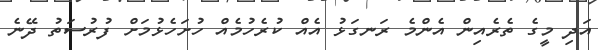
އަދި މީގެ ތެރެއިން އެންމެ ރަނގަޅު އެއް ކުރެހުމެއް ހުށަހެޅުމަށް ފުރުސަތު ދޭނެ